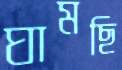
ঘামছি